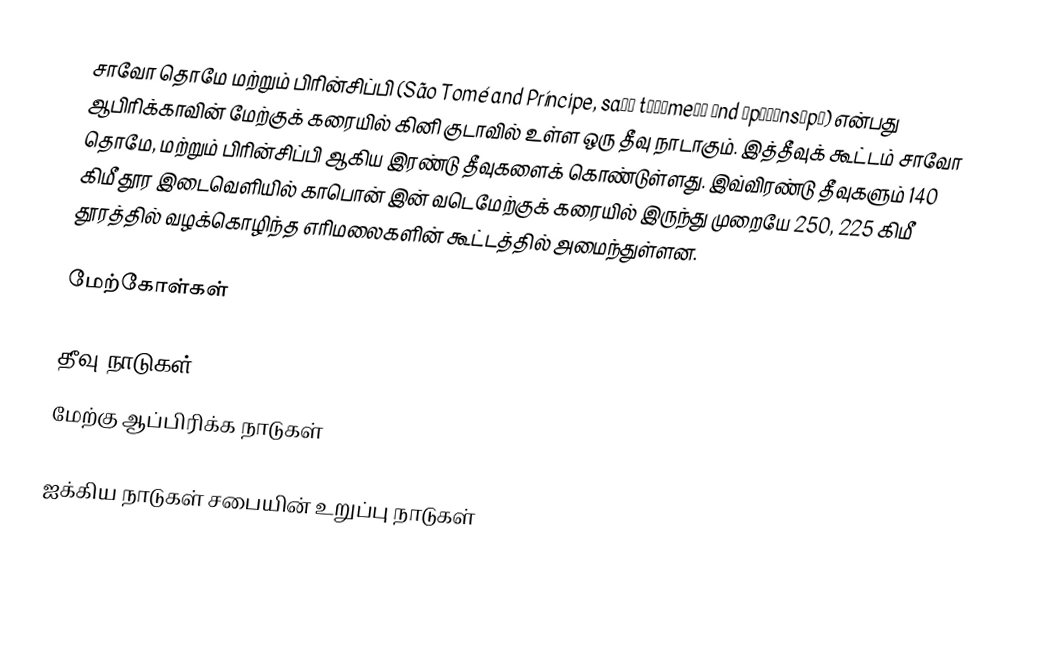
சாவோ தொமே மற்றும் பிரின்சிப்பி  (São Tomé and Príncipe, saʊ̯ tʰəˈmeɪ̯ ənd ˈpʰɹɪnsɪpɪ) என்பது ஆபிரிக்காவின் மேற்குக் கரையில் கினி குடாவில் உள்ள ஒரு தீவு நாடாகும். இத்தீவுக் கூட்டம் சாவோ தொமே, மற்றும் பிரின்சிப்பி ஆகிய இரண்டு தீவுகளைக் கொண்டுள்ளது. இவ்விரண்டு தீவுகளும் 140 கிமீ தூர இடைவெளியில் காபொன் இன் வடெமேற்குக் கரையில் இருந்து முறையே 250, 225 கிமீ தூரத்தில் வழக்கொழிந்த எரிமலைகளின் கூட்டத்தில் அமைந்துள்ளன.

மேற்கோள்கள்

தீவு நாடுகள்
மேற்கு ஆப்பிரிக்க நாடுகள்

ஐக்கிய நாடுகள் சபையின் உறுப்பு நாடுகள்